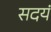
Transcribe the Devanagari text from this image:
सदयं